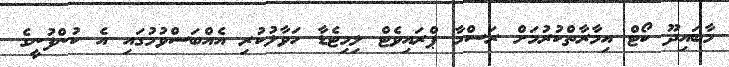
މާބައިދޫ ކޯޓް އިމާރާތްކުރުމަށް ރަސްމާ ޕްރައިވެޓް ލިމިޓެޑާ ހަވާލުކުރި އެއްބަސްވުމުގައި އެ ކުންފުނީގެ